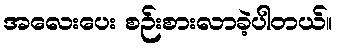
အလေးပေး စဉ်းစားလာခဲ့ပါတယ်။